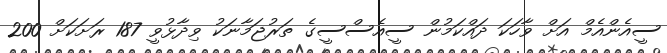
ސީއެންއެމް އަށް ވާހަކަ ދައްކަމުން ސީއެސްސީގެ ތަރުޖަމާނަކު ވިދާޅުވީ 187 ރަށަކަށް 200